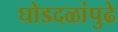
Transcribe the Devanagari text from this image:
घोडदळांपुढे